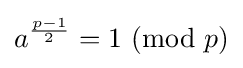
a^{\frac {p-1}{2}}=1~({\text{mod}}~p)